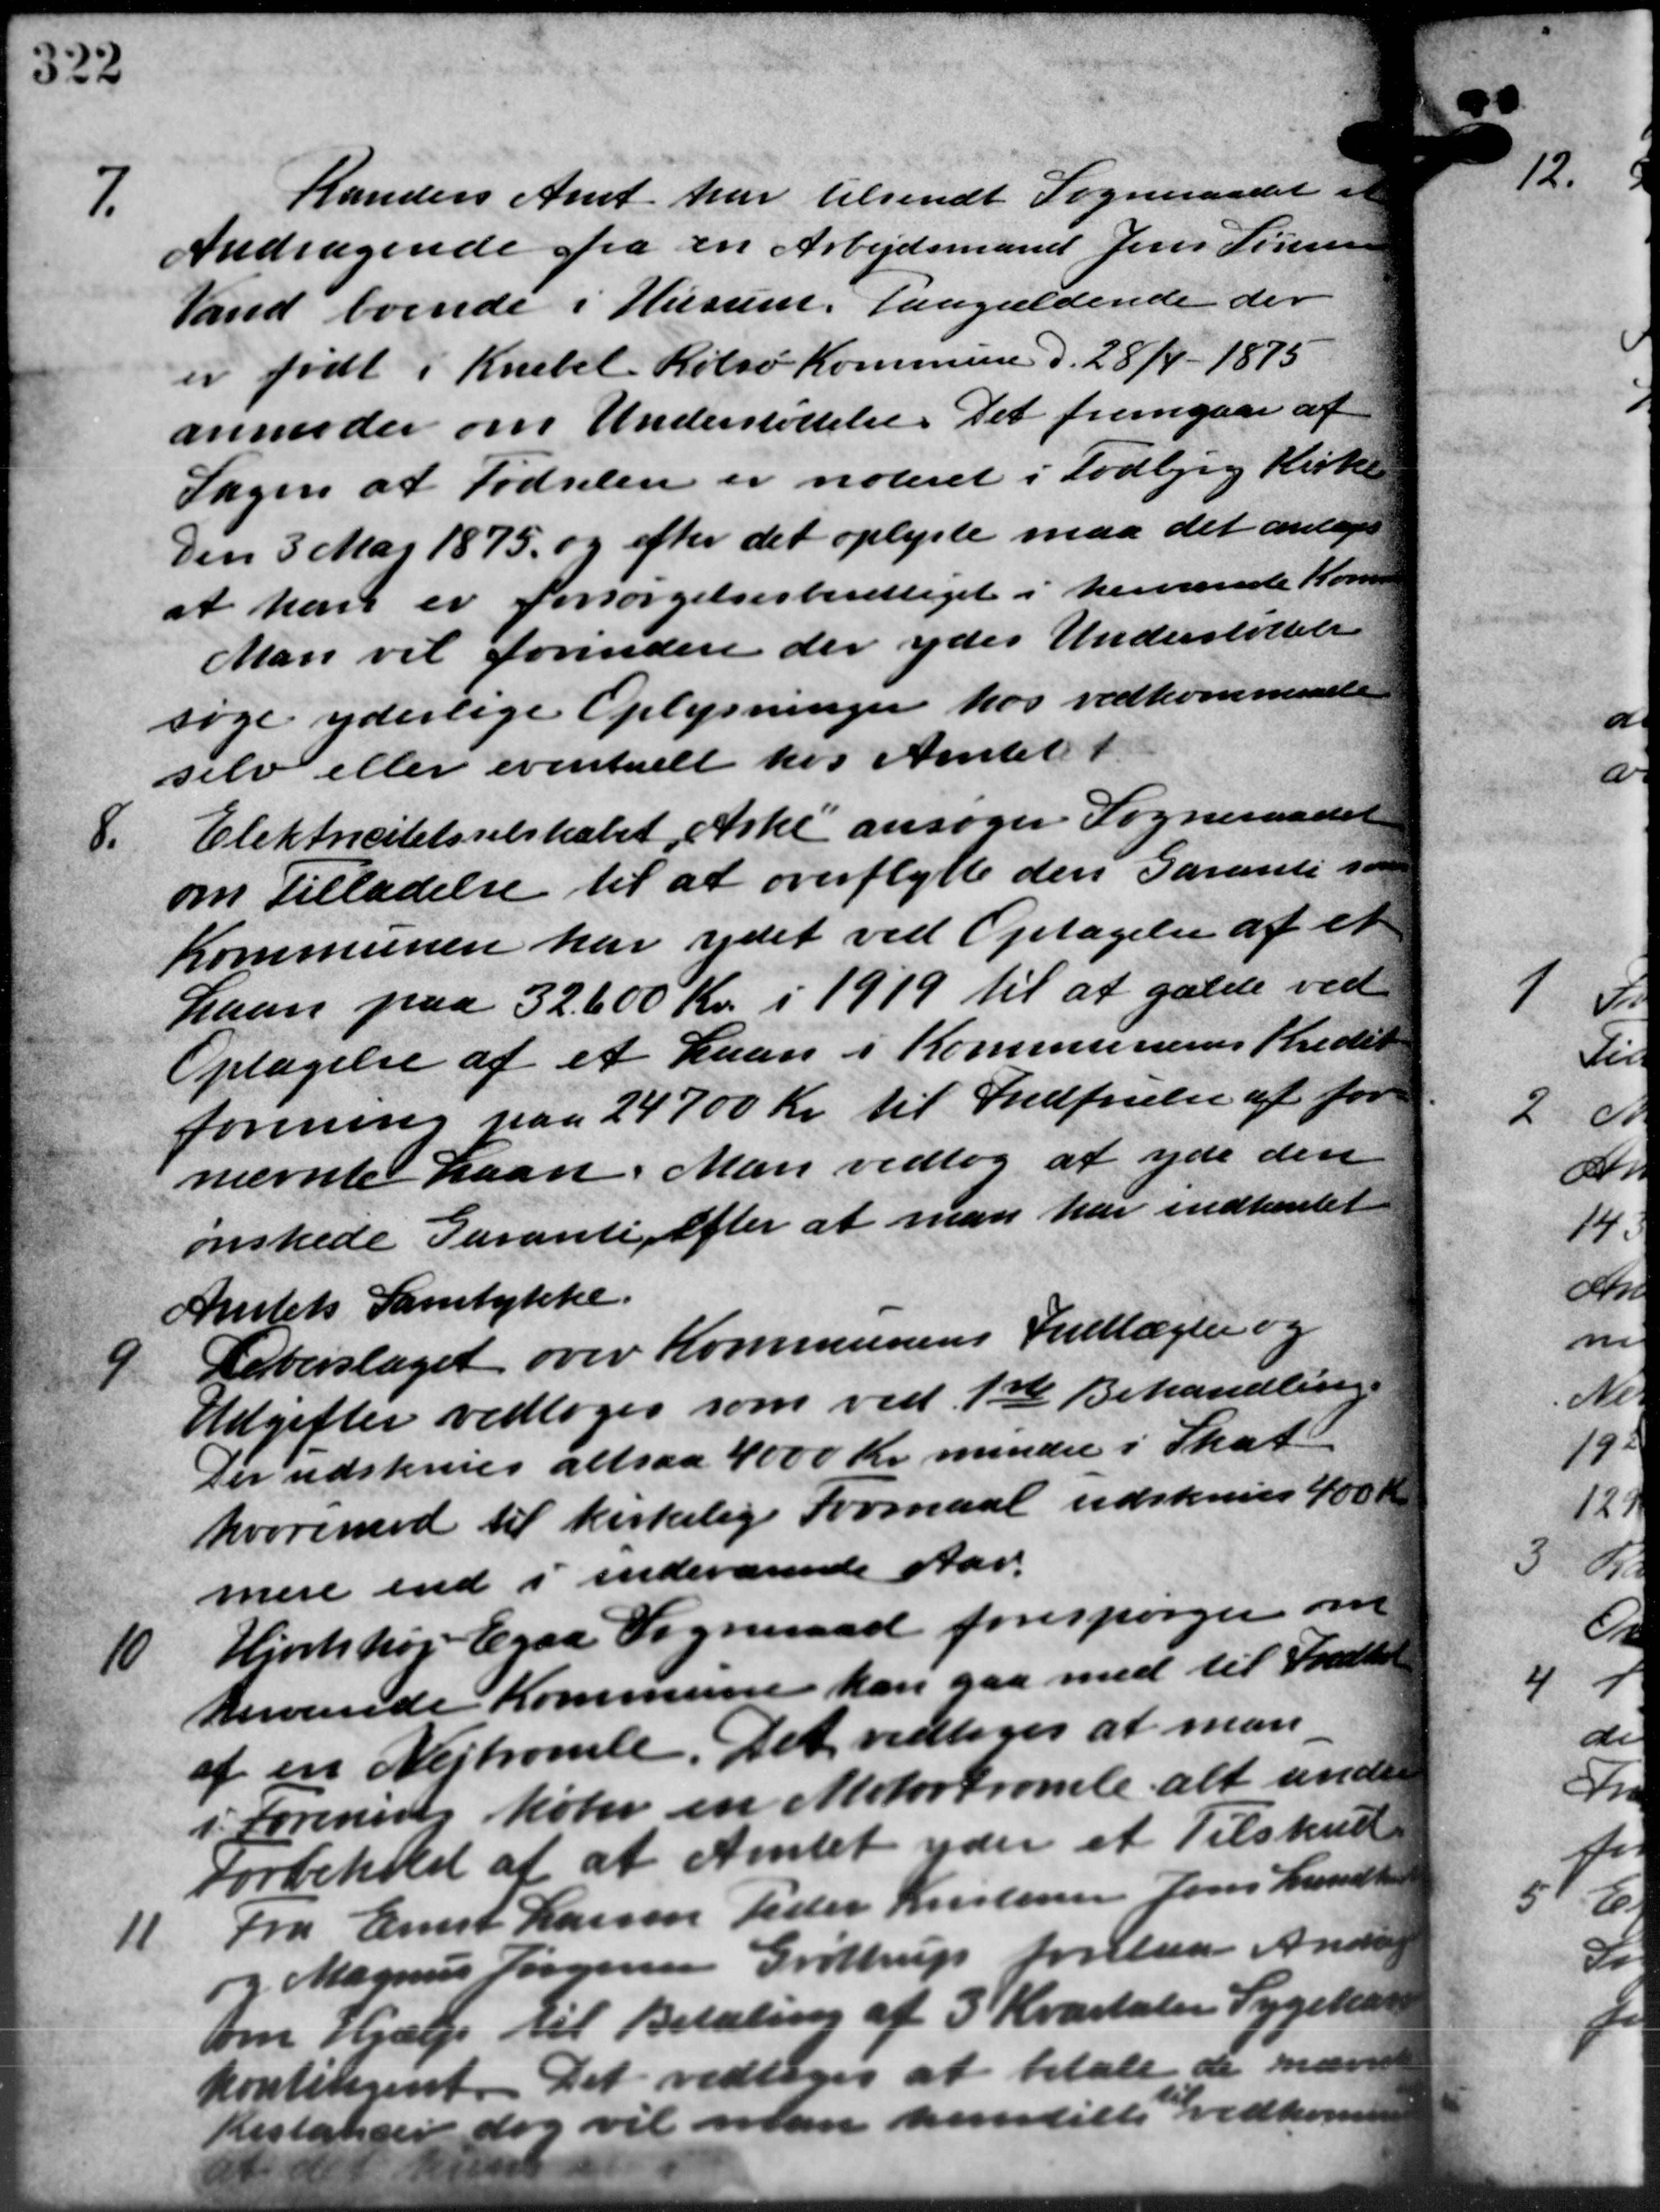
Transskription:
7.
Randers Amt har tilsendt Sogneraadet i
Andragende fra en Arbejdsmand Jens Sørensen
Vand Svende i Husum, Paagældende der
er født i Krebel Købsø Kommune d. 28/4 - 1875
anmoder om Understøttelse. Det fremgaar af
Sagen at Fødselen er noteret i Todbjerg Kirke
Den 3 Maj 1875 og efter det oplyste maa det antages
at han er forsørgelsesberettiget i herværende Komm
Man vil forinden der ydes Understøttelse
søge yderlige Oplysninger hos vedkommende
selv eller eventuelt hos Amtet i
8.
Elektricitetsselskabet Arke ansøger Sogneraadet
om Tilladelse til at overflytte den Garanti som
Kommunen har ydet ved Optagelse af et
Laan paa 32.600 Kr. i 1919 til at gælde ved
Optagelse af et Laan i Kommunens Kredit
forening paa 24700 Kr. til Indfrielse af for
nævnte Laan. Man vedtog at yde den
ønskede Paranti efter at man har indhentet
Amtets Samtykke.
4
Feberslaget over Kommunens Indtægter og
Udgifter vedtoges som ved 1ste Behandling.
Der udskrives altsaa 4000 Kr. mindre i Skat
hvorimod til kirkelige Formaal udskrives 400 Kr.
mere end i indeværende Aar.
10
Hjortshøj Egaa Sogneraad forespørger om
kerværede Kommune kan gaa med til Indkol
af en Vejtromle. Det vedtoges at man
i forening køber en Motortromle alt under
Forbehold af at Amtet yder et Tilskud
11
Fra Ernst Larsen Peder Kristensen Jens Lundh
og Magnus Jørgensen Grøttrup forelaa Andrage
om Hjælp til Betaling af 3 Kvartaler Sygekass
kontingent. Det vedtoges at betale de nævn
Restancer dog vil man